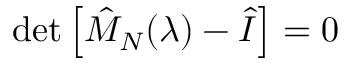
\begin{array} { r } { \operatorname* { d e t } \left[ \hat { M } _ { N } ( \lambda ) - \hat { I } \right] = 0 } \end{array}